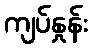
ကျပ်နှုန်း